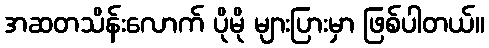
အဆတသိန်းလောက် ပိုမို များပြားမှာ ဖြစ်ပါတယ်။